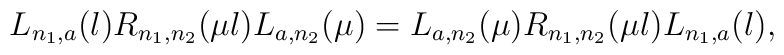
L_{n_1,a}(\l) R_{n_1,n_2}(\mu\l) L_{a,n_2}(\mu)=L_{a,n_2}(\mu) R_{n_1,n_2}(\mu\l) L_{n_1,a}(\l),